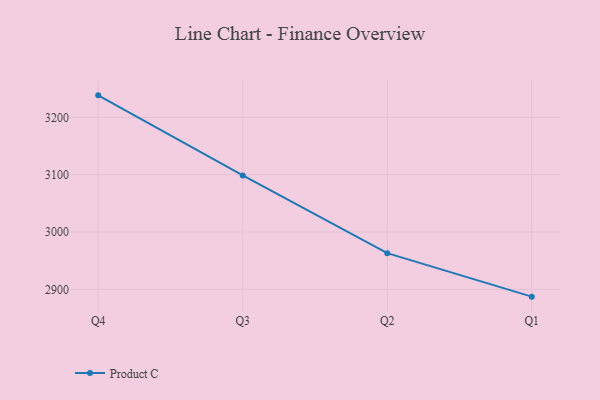
{"axis": {"x": "Quarter", "y": "Gross Profit (USD K)"}, "legend": ["Product C"], "data": [{"x": "Q4", "y": 3238.6, "type": "Product C"}, {"x": "Q3", "y": 3098.9, "type": "Product C"}, {"x": "Q2", "y": 2963.1, "type": "Product C"}, {"x": "Q1", "y": 2887.2, "type": "Product C"}]}